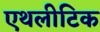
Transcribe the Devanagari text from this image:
एथलीटिक